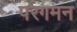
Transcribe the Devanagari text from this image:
परगमन